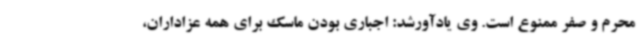
محرم و صفر ممنوع است. وی یادآورشد: اجباری بودن ماسک برای همه عزاداران،